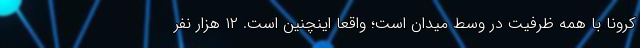
کرونا با همه ظرفیت در وسط میدان است؛ واقعاً اینچنین است. ۱۲ هزار نفر